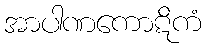
အာပါဏကောဋိကံ